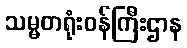
သမ္မတရုံးဝန်ကြီးဌာန